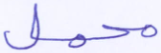
محمل